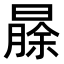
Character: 𬁐